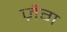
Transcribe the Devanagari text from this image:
ज़ैग